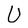
Character: U